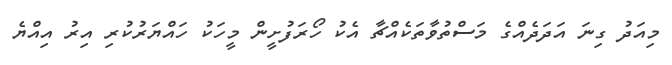
މިއަދު ގިނަ އަދަދެއްގެ މަސްތުވާތަކެއްޗާ އެކު ހޯރަފުށީން މީހަކު ހައްޔަރުކުރި އިރު އިއްޔެ